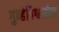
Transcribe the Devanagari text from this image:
गुन्हेविश्वातील